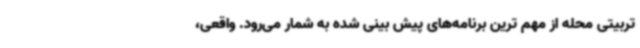
تربیتی محله از مهم ترین برنامه‌های پیش بینی شده به شمار می‌رود. واقعی،